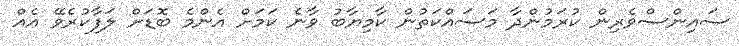
ސައިންސްވެރިން ކުރަމުންދާ މަސައްކަތުން ކާމިޔާބު ވާނެ ކަމަށް އެންމެ ބޮޑަށް ލަފާކުރެވޭ އެއް